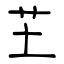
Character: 芏